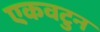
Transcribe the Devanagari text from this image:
एकवटुन